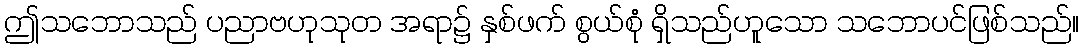
ဤသဘောသည် ပညာဗဟုသုတ အရာ၌ နှစ်ဖက် စွယ်စုံ ရှိသည်ဟူသော သဘောပင်ဖြစ်သည်။